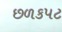
છળકપટ